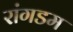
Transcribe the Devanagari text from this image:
रांगडम